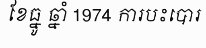
ខែធ្នូ ឆ្នាំ 1974 ការបះបោរ